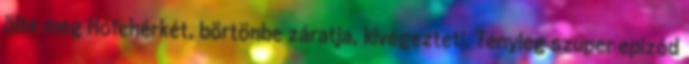
ölte meg Hófehérkét, börtönbe záratja, kivégezteti. Tényleg szuper epizód